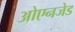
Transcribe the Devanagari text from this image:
ओएनजेड